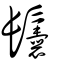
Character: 𩰉